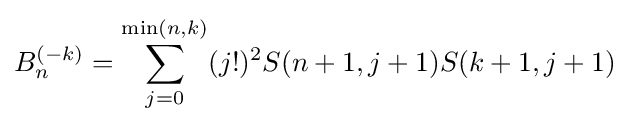
B_{n}^{(-k)}=\sum _{j=0}^{\min(n,k)}(j!)^{2}S(n+1,j+1)S(k+1,j+1)